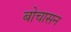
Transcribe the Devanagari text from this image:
बोचासन